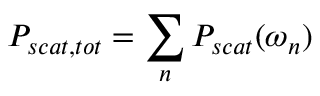
P _ { s c a t , t o t } = \sum _ { n } P _ { s c a t } ( \omega _ { n } )